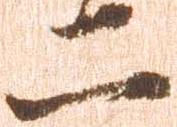
二